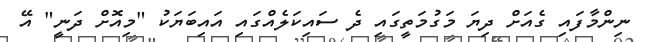
ނިންމާފައި ގެއަށް ދިޔަ މަގުމަތީގައި ދެ ސައިކަލެއްގައި އައިބަޔަކު "މިއޮށް ދަނީ" އޭ